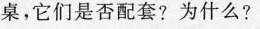
桌，它们是否配套?为什么?